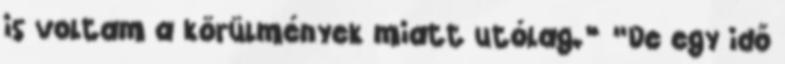
is voltam a körülmények miatt utólag.” “De egy idő